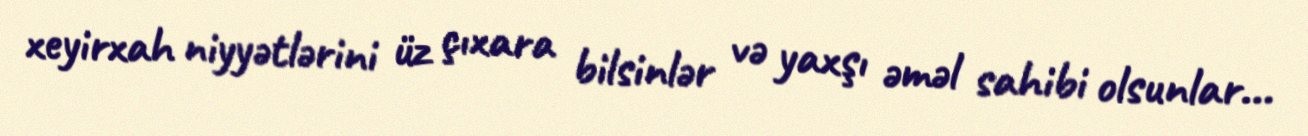
xeyirxah niyyətlərini üz çıxara bilsinlər və yaxşı əməl sahibi olsunlar...